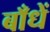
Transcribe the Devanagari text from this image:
बाँधें